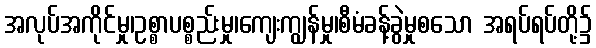
အလုပ်အကိုင်မှု၊ဥစ္စာပစ္စည်းမှု၊ကျေးကျွန်မှု၊စီမံခန့်ခွဲမှုစသော အရပ်ရပ်တို့၌